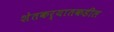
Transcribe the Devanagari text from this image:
शेतकर्यातकडील